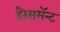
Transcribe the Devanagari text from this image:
हरैसमॅन्ट